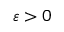
\varepsilon > 0